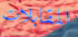
المقابلات